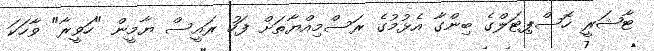
ޓާޝަރީ ހޮސްޕިޓަލްގެ ބިންގާ އެޅުމުގެ ރަސްމިއްޔާތަށް ފަހު ރައީސް ޔާމީން "ހަވީރާ" ވާހަކަ